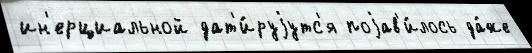
ин'ерциальной дат'и́руjутс'я поjав'и́лось да́же